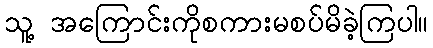
သူ့ အကြောင်းကိုစကားမစပ်မိခဲ့ကြပါ။